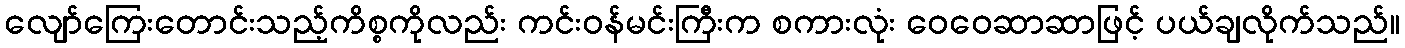
လျော်ကြေးတောင်းသည့်ကိစ္စကိုလည်း ကင်းဝန်မင်းကြီးက စကားလုံး ဝေဝေဆာဆာဖြင့် ပယ်ချလိုက်သည်။